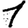
Digit: 1